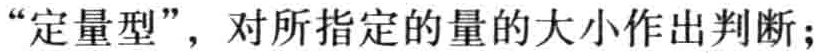
“定量型”，对所指定的量的大小作出判断；